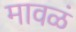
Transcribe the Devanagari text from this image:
मावळं